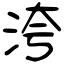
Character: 洿